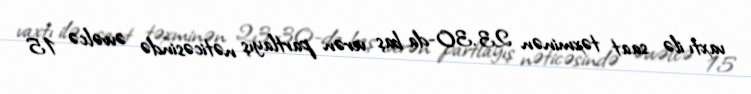
vaxtı ilə saat təxminən 23.30-da baş verən partlayış nəticəsində əvvəlcə 15